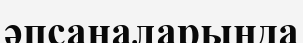
әпсаналарында